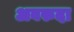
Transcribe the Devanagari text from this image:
अवरुदा